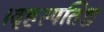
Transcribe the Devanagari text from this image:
।बृहस्पतिश्च